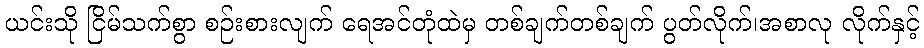
ယင်းသို ငြိမ်သက်စွာ စဉ်းစားလျက် ရေအင်တုံထဲမှ တစ်ချက်တစ်ချက် ပွတ်လိုက်၊အစာလု လိုက်နှင့်